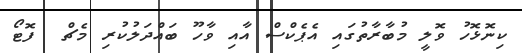
ކިނޮޅޮހު ވޮލީ މުބާރާތުގައި އެޕެކްސް އާއި ވާހޫ ބައްދަލުކުރި މެޗް  ފޮޓޯ